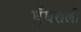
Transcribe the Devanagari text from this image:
घुँघराली